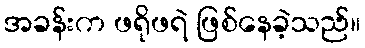
အခန်းက ဖရိုဖရဲ ဖြစ်နေခဲ့သည်။